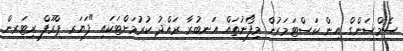
ސެމްސަންގް އިން ކަސްޓަމަރުން މިފޯނުތައް އަނބުރާ ރައްދު ކުރުމަށްޓަކައި "ފަޔަރ ޕްރޫފް ރިޓަރން